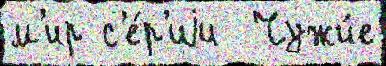
м'ир с'е́р'иjи  Чужи́е